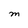
Character: m